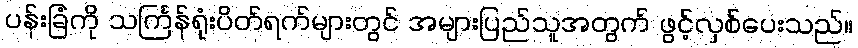
ပန်းခြံကို သင်္ကြန်ရုံးပိတ်ရက်များတွင် အများပြည်သူအတွက် ဖွင့်လှစ်ပေးသည်။